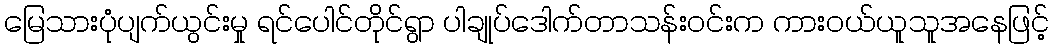
မြေသားပုံပျက်ယွင်းမှု ရင်ပေါင်တိုင်ရွာ ပါချုပ်ဒေါက်တာသန်းဝင်းက ကားဝယ်ယူသူအနေဖြင့်